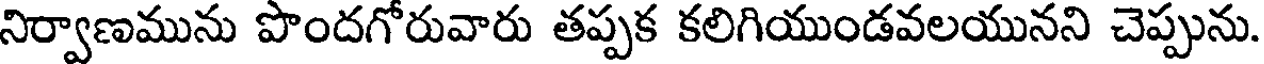
నిర్వాణమును పొందగోరువారు తప్పక కలిగియుండవలయునని చెప్పును.